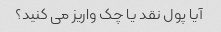
آیا پول نقد یا چک واریز می کنید؟